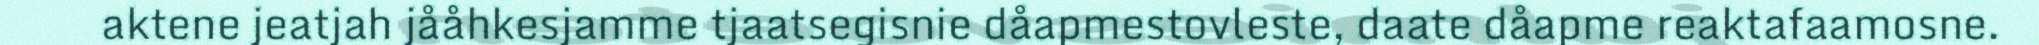
aktene jeatjah jååhkesjamme tjaatsegisnie dåapmestovleste, daate dåapme reaktafaamosne.